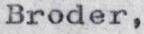
Broder,